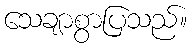
သေချာစွာပြသည်။